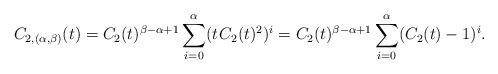
LaTeX: \begin{align*}C_{2,(\alpha,\beta)}(t) = C_2(t)^{\beta-\alpha+1} \sum_{i=0}^\alpha (t \kern+1pt C_2(t)^2)^i = C_2(t)^{\beta-\alpha+1} \sum_{i=0}^\alpha (C_2(t)-1)^i.\end{align*}